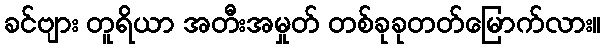
ခင်ဗျား တူရိယာ အတီးအမှုတ် တစ်ခုခုတတ်မြောက်လား။